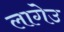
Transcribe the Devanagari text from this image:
लागेउ